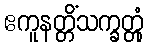
ဧကူနတ္တိံသက္ခတ္တုံ